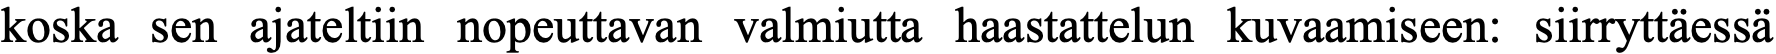
koska sen ajateltiin nopeuttavan valmiutta haastattelun kuvaamiseen: siirryttäessä